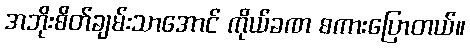
အဘိုးစိတ်ချမ်းသာအောင် ကိုယ်ခဏ စကားပြောတယ်။